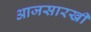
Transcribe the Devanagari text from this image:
आजसारखी